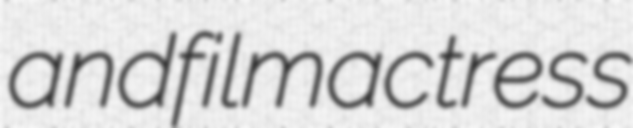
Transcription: and film actress